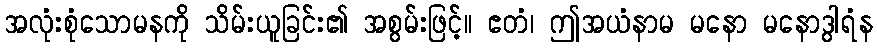
အလုံးစုံသောမနကို သိမ်းယူခြင်း၏ အစွမ်းဖြင့်။ ဧတံ၊ ဤအယံနာမ မနော မနောဒွါရံန